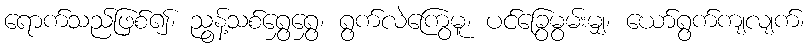
ရောက်သည်ဖြစ်၍၊ ညွန့်သစ်ရွှေရွှေ၊ ရွက်လဲကြွေမူ၊ ပင်ခြွေမွမ်းမျှ၊ ယော်ရွက်ကျလျက်၊